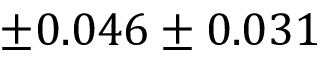
\pm 0 . 0 4 6 \pm 0 . 0 3 1